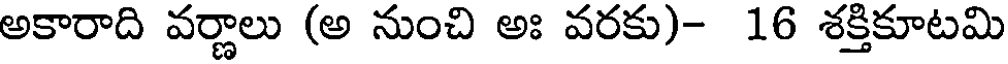
అకారాది వర్ణాలు (అ నుంచి అః వరకు)- 16 శక్తికూటమి